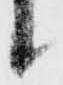
候